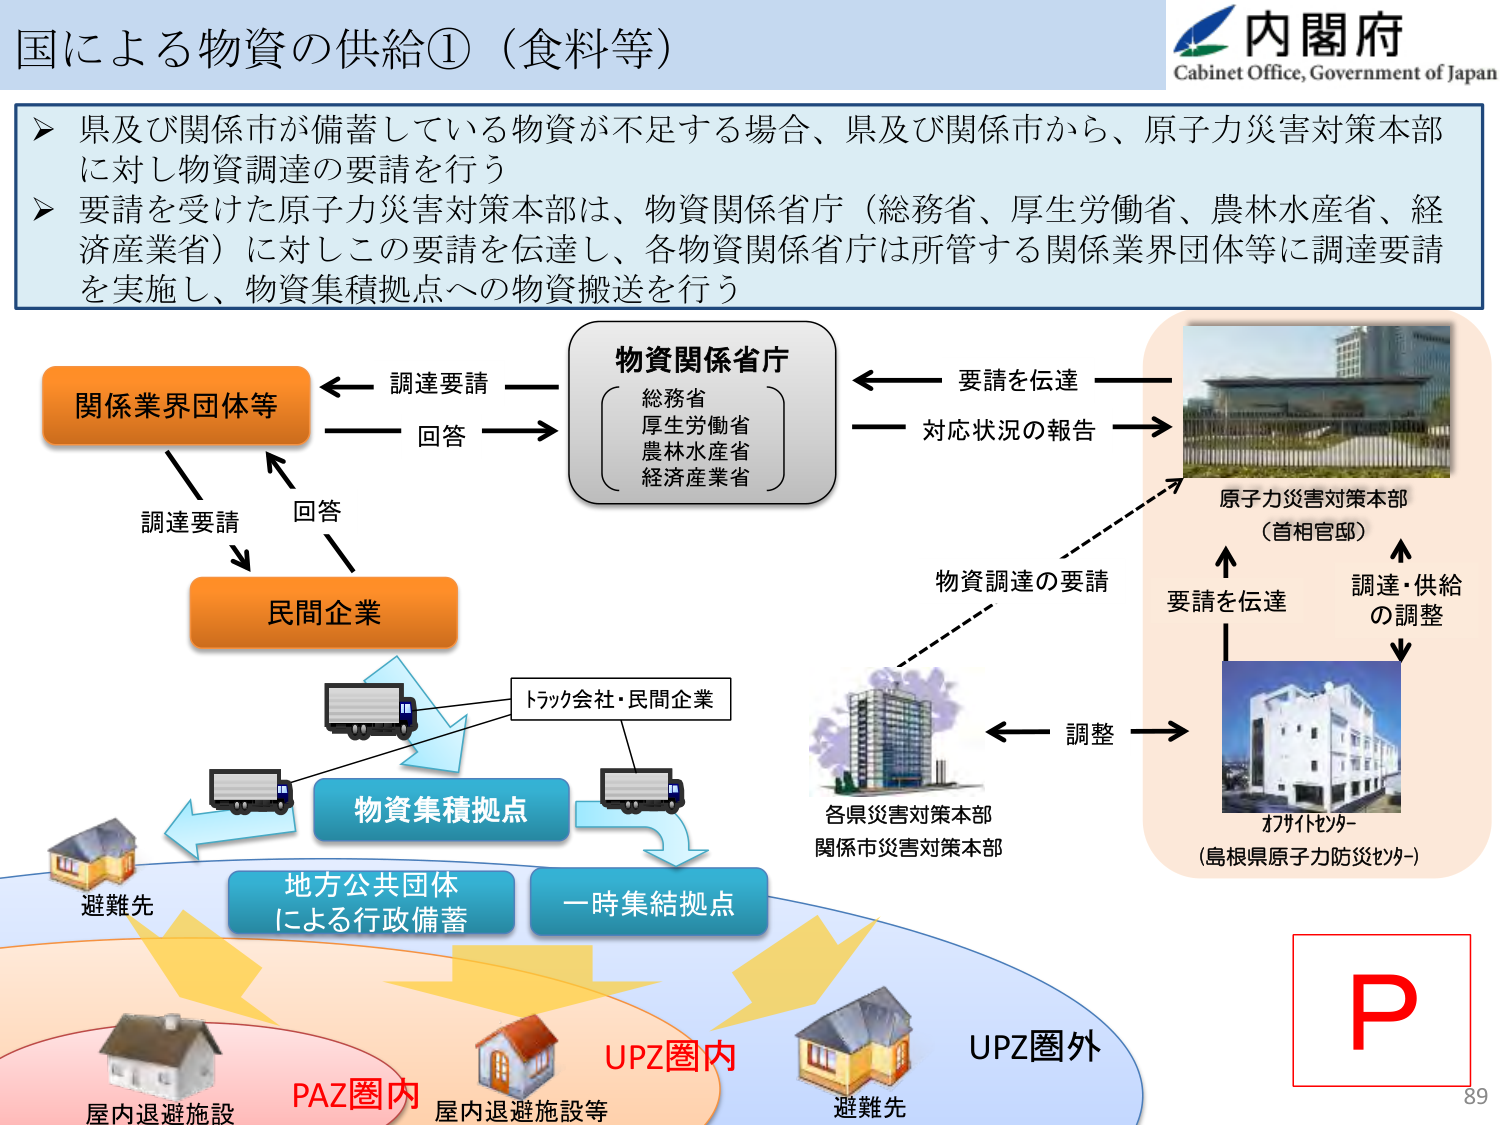
国による物資の供給①（食料等）

内閣府
Cabinet Office, Government of Japan

➤ 県及び関係市が備蓄している物資が不足する場合、県及び関係市から、原子力災害対策本部に対し物資調達の要請を行う
➤ 要請を受けた原子力災害対策本部は、物資関係省庁（総務省、厚生労働省、農林水産省、経済産業省）に対しこの要請を伝達し、各物資関係省庁は所管する関係業界団体等に調達要請を実施し、物資集積拠点への物資搬送を行う

関係業界団体等
← 調達要請 —— 物資関係省庁
→ 回答 ←—— 要請を伝達 ——
（総務省
厚生労働省
農林水産省
経済産業省）
→ 対応状況の報告 →
原子力災害対策本部
（首相官邸）

調達要請
↓
民間企業
↑
回答

トラック会社・民間企業
←—— 物資集積拠点 ——→
地方公共団体
による行政備蓄
一時集結拠点

各県災害対策本部
関係市災害対策本部
←—— 調整 ——→
オフサイトセンター
（島根県原子力防災センター）

物資調達の要請
↑
要請を伝達
↑
調達・供給
の調整

避難先
屋内退避施設
PAZ圏内
屋内退避施設等
UPZ圏内
避難先
UPZ圏外

P
89